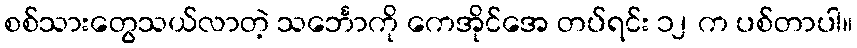
စစ်သားတွေသယ်လာတဲ့ သင်္ဘောကို ကေအိုင်အေ တပ်ရင်း ၁၂ က ပစ်တာပါ။